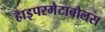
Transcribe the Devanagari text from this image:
हाइपरमेटाबोलस